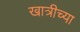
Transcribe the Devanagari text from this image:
खात्रीच्या